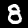
Label: 8